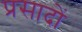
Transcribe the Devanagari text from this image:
प्रसादों